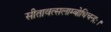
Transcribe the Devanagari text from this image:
सीतावत्सलाम्बोधिचन्द्रः।